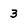
Character: 3